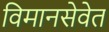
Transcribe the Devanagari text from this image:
विमानसेवेत